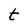
Character: t